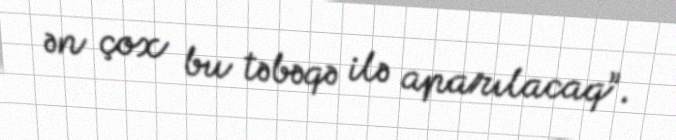
ən çox bu təbəqə ilə aparılacaq”.